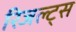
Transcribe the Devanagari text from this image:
रिजल्ट्स